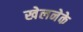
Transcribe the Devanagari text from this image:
खेलनेके